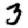
Digit: 3